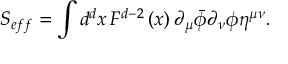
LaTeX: S _ { e f f } = \int d ^ { d } x \, F ^ { d - 2 } \left( x \right) \partial _ { \mu } \bar { \phi } \partial _ { \nu } \phi \eta ^ { \mu \nu } .